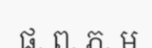
ផ. ព. ភ. ម